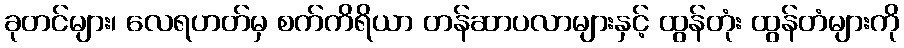
ခုတင်များ၊ လေရဟတ်မှ စက်ကိရိယာ တန်ဆာပလာများနှင့် ထွန်တုံး ထွန်တံများကို